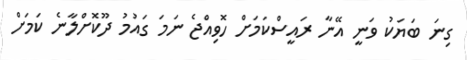
ގިނަ ބަޔަކު ވަނީ އޭނާ ރައީސްކަމަށް ހޮވިއްޖެ ނަމަ ގައުމު ދޫކޮށްލާނެ ކަމަށް